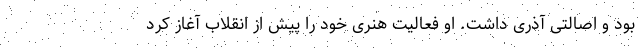
بود و اصالتی آذری داشت. او فعالیت هنری خود را پیش از انقلاب آغاز کرد